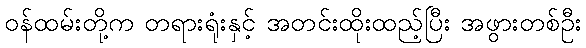
ဝန်ထမ်းတို့က တရားရုံးနှင့် အတင်းထိုးထည့်ပြီး အဖွားတစ်ဦး